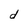
Character: d